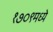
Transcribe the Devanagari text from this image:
१७०९मध्ये